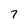
Character: 7